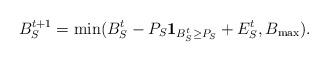
LaTeX: \begin{align*}B_{S}^{t+1} = \min ( B_{S}^{t} - P_{S} \mathbf{1}_{B_{S}^{t} \geq P_{S}} + E_{S}^{t}, B_{\max}).\end{align*}